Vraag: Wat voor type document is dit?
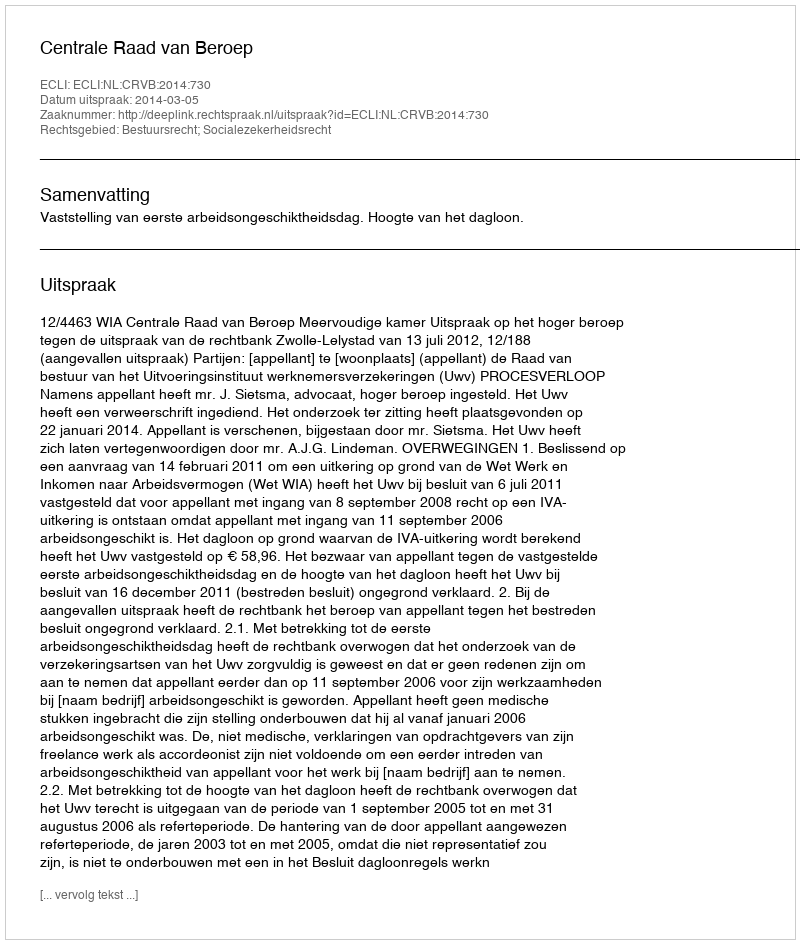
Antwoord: Uitspraak